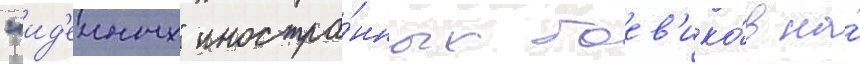
"ид'еиных" иностра́нных боев'ико́в на́